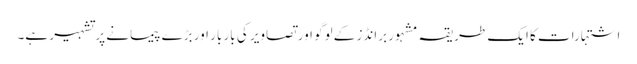
اشتہارات کا ایک طریقہ مشہور برانڈز کے لوگو اور تصاویر کی بار بار اور بڑے پیمانے پر تشہیر ہے۔